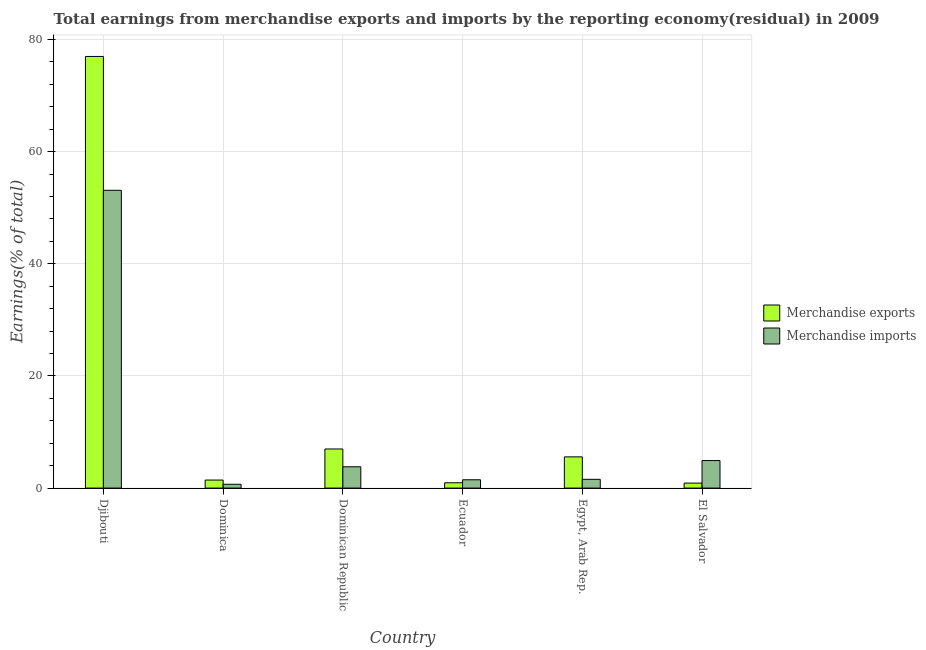
| Country | Merchandise exports | Merchandise imports |
 | --- | --- | --- |
 | Djibouti | 77 | 53.1 |
 | Dominica | 1.43 | 0.685 |
 | Dominican Republic | 6.97 | 3.8 |
 | Ecuador | 0.949 | 1.48 |
 | Egypt, Arab Rep. | 5.57 | 1.56 |
 | El Salvador | 0.89 | 4.91 |